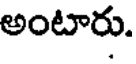
అంటారు.